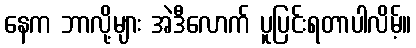
နေက ဘာလို့များ အဲဒီလောက် ပူပြင်းရတာပါလိမ့်။